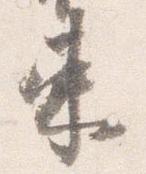
束